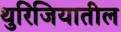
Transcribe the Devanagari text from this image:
थुरिंजियातील